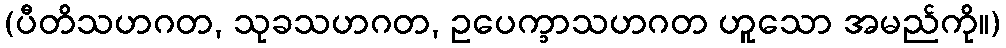
(ပီတိသဟဂတ, သုခသဟဂတ, ဥပေက္ခာသဟဂတ ဟူသော အမည်ကို။)